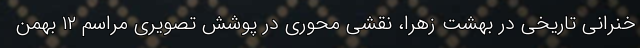
خنرانی تاریخی در بهشت زهرا، نقشی محوری در پوشش تصویری مراسم ۱۲ بهمن